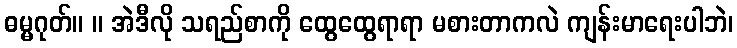
ဓမ္မဂုတ်။ ။ အဲဒီလို သရည်စာကို ထွေထွေရာရာ မစားတာကလဲ ကျန်းမာရေးပါဘဲ၊